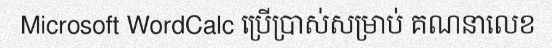
Microsoft WordCalc ប្រើប្រាស់សម្រាប់ គណនាលេខ